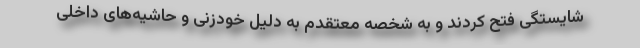
شایستگی فتح کردند و به شخصه معتقدم به دلیل خودزنی و حاشیه‌های داخلی